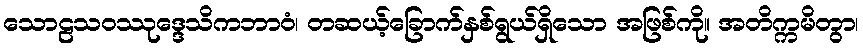
သောဠသဝဿုဒ္ဒေသိကဘာဝံ၊ တဆယ့်ခြောက်နှစ်ရွယ်ရှိသော အဖြစ်ကို။ အတိက္ကမိတွာ၊